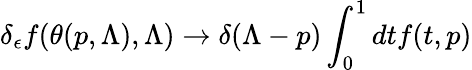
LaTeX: \delta_{\epsilon}f(\theta(p,\Lambda),\Lambda)\rightarrow\delta(\Lambda-p)\int_{0}^{1}dtf(t,p)